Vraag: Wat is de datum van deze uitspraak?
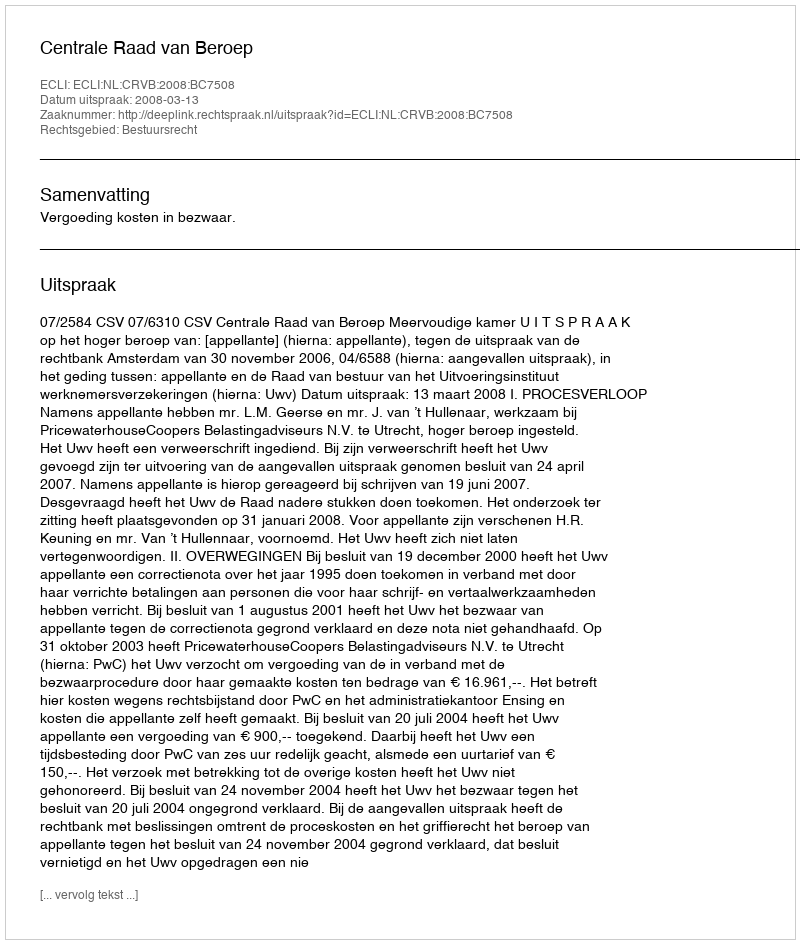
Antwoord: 2008-03-13